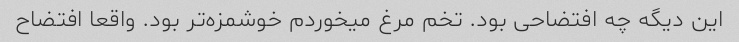
این دیگه چه افتضاحی بود. تخم مرغ میخوردم خوشمزه‌تر بود. واقعا افتضاح